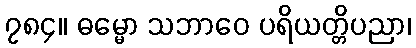
၇၈၄။ ဓမ္မော သဘာဝေ ပရိယတ္တိပညာ၊